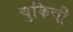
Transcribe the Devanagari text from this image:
चुकिची